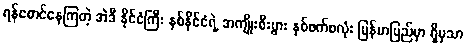
ရန်စောင်နေကြတဲ့ အဲဒီ နိုင်ငံကြီး နှစ်နိုင်ငံရဲ့ အကျိုးစီးပွား နှစ်ဖက်စလုံး မြန်မာပြည်မှာ ရှိမှသာ